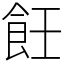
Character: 飪